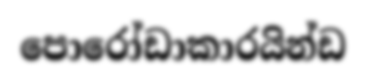
පොරෝඩාකාරයින්ඩ